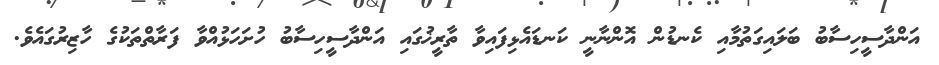
އަންދާސީހިސާބު ބަލައިގަތުމާއި ކެނޑުން އޮންނާނީ ކަނޑައެޅިފައިވާ ތާރީޚުގައި އަންދާސީހިސާބު ހުށަހަޅުއްވާ ފަރާތްތަކުގެ ހާޒިރުގައެވެ.